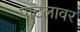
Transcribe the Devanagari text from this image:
पाटलावर